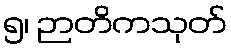
၅၊ ဉာတိကသုတ်